Vaccination in Burma 1900-1911 - 1900-1911
Year: 1900
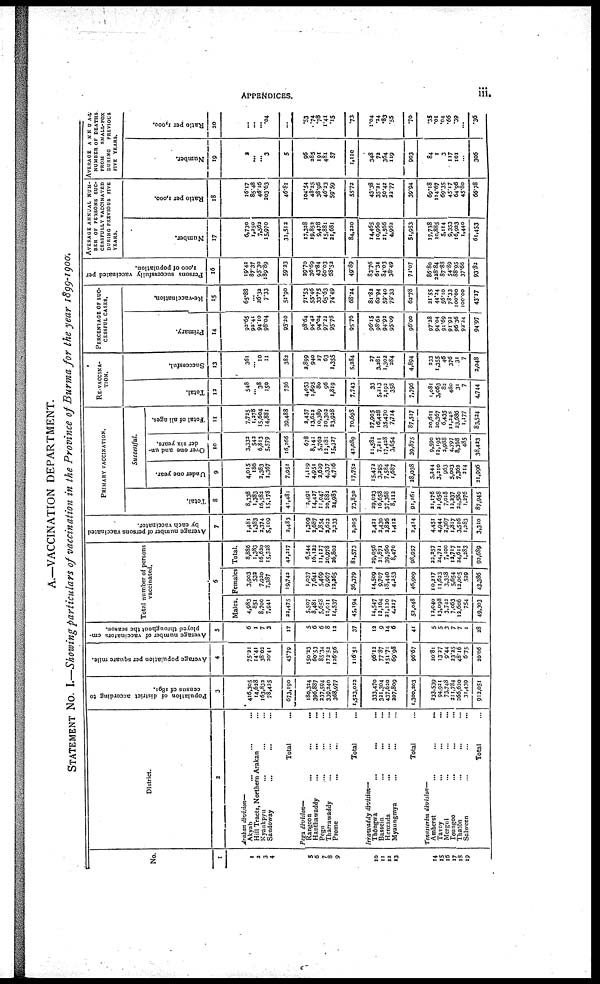
APPENDICES.
iii.
No.
1
1 2
3
4
5
6
7
8
9
10
11
12
13
14
15
15
17
18
19
District.
2
Arakan division—
Akyab...
...
...
Hill Tracts, Northern Arakan... ...
Kyaukpyu... ...
Sandoway... ... ...
Total...
Pegu division—
Rangoon...
...
Hanthawaddy... ...
Pegu... ...
Tharrawaddy... ...
Prome... ...
Total...
Irrawaddy division—
Thongwa
...
...
Bassein...
...
Henzada... ...
Myaungmya... ...
Total...
Tenasserim division—
Amherst...
...
Tavoy... ...
Mergui... ...
Toungoo... ...
Thatôn... ...
Salween... ...
Total...
Population of district according to
census of 1891.
3
416,305
14,628
163,832
78,425
673,190
180,324
396,887
237,594
339,240
368,977
1,523,022
333,470
321,304
437,620
207,809
1,300,203
233,539
94,921
73,748
211,784
266,620
31,439
912,051
Average population per square mile.
4
75.21
14.41
38.02
20.41
45.79
150.23
60.53
85.34
172.52
126.56
116.51
96.12
77.87
151.71
69.98
96.67
20.81
13.27
9.44
23.25
48.16
6.75
20.06
Average number of vaccinators em-
ployed throughout the season.
5
6
1
7
3
17
5
6
6
8
12
37
12
9
14
6
41
5
5
3
7
7
1
28
Total number of persons
vaccinated.
6
Males.
4,983
851
8,700
7,941
22,475
5,507
8,481
5,653
11,011
14,537
45,194
14,547
12,164
21,130
4,217
52,048
12,040
13,098
3,742
7,063
12,606
754
49,303
Females
3,903
532
7,920
7,387
19,743
1,037
7,641
5,469
9,967
12,265
36,379
14,509
9,707
18,440
4,253
46,909
10,217
11,623
3,358
5,654
12,005
529
43,386
Total.
8,886
1,383
16,620
15,328
42,217
6,544
16,122
11,127
20,978
26,802
81,573
29,056
21,871
39,560
8,470
98,957
22,257
24,721
7,100
13,717
24,611
1,283
93,689
Average number of persons vaccinated
by each vaccinator.
7
1,481
1,383
2,374
5,109
2,483
1,309
2,687
1,854
2,622
2,233
2,205
2,421
2,430
2,826
1,412
3,414
4,451
4,944
2,367
1,817
3,516
1,283
3,310
PRIMARY VACCINATION.
Total.
8
8,338
1,383
16,582
15,178
41,481
2,491
14,427
11,047
20,882
24,983
73,830
29,023
16,658
37,368
8,112
91,161
21,176
21,658
7,018
12,237
24,580
1,276
87,945
Successful.
Under one year.
9
4,015
186
2,383
1,367
7,951
1,119
4,951
2,629
4,337
4,716
17,752
15,472
3,295
7,584
1,687
28,038
5,244
3,210
963
5,003
7,362
214
21,996
O ver one and un-
der six years.
10
3,332
542
6,813
5,579
16,266
678
8,141
5,762
12,181
15,327
42,089
11,582
7,211
17,428
3,654
39,875
9,590
12,195
2,988
4,797
8,368
485
38,433
Total of all ages.
11
7,725
1,378
15,604
14,881
39,488
2,457
13,622
10,389
20,302
23,928
70,698
27,905
16,428
35,470
7,714
87,517
20,611
20,367
6,435
11,248
23,686
1,177
83,524
RE-VACCINA-
TION.
Total.
12
548
... 38
150
736
4,053
1,695
80
96
1,819
7,743
33
5,213
2,192
358
7,796
1,081
3,063
82
480
31
7
4,744
Successful.
13
361
...
10
11
382
2,899
940
37
63
1,355
5,284
27
3,281
1,302
284
4,894
233
1,355
46
376
31
7
2,048
PERCENTAGE OF SUC-
CESSFUL CASES.
Primary.
14
92.65
92.41
94.10
98.04
95.20
98.64
94.43
94.04
97.22
95.78
95.76
96.15
98.62
94.92
95.09
96.00
97.28
94.04
91.69
91.92
96.36
92.24
94.97
Re-vaccination.
15
65.88
...
26.32
7.33
51.90
71.53
55.46
33.75
65.63
74.49
68.24
81.82
62.94
59.40
79.33
62.78
21.55
44.24
56.10
78.33
100.00
100.00
43.17
Persons successfully vaccinated per
1,000 of population.
16
19.42
87.37
95.30
189.89
59.23
29.70
36.69
43.84
60.03
68.52
49.89
83.76
61.34
84.03
38.49
71.07
86.80
228.84
87.88
54.89
88.95
37.66
93.82
AVERAGE ANNUAL NUM-
BER OF PERSONS SUC-
CESSFULLY VACCINATED
DURING PREVIOUS FIVE
YEARS.
Number.
17
6,730
1,250
7,562
15,970
31,512
17,328
19,852
9,478
15,881
21,681
84,220
14,465
10,960
21,566
4,962
51,953
17,738
10,885
5,114
9,353
16,923
1,440
61,453
Ratio per 1,000.
18
16.17
85.48
46.16
203.63
46.81
104.54
48.25
38.96
46.23
59.59
55.72
43.38
35.21
50.42
22.77
39.94
69.18
114.67
69.35
45.17
64.96
45.80
66.78
AVERAGE ANNUAL
NUMBER OF DEATHS
FROM
SMALL-POX
DURING
PREVIOUS
FIVE YEARS.
Number.
19
2
...
... 3
5
96
285
191
481
57
1,110
348
72
364
119
903
84
1
3
117
101
...
306
Ratio per 1,000.
20
...
...
... .04
...
.53
.74
.78
1.41
.15
.73
1.04
.24
.83
.55
70
.35
.01
.04
.66
.39
...
.36